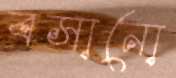
বসানো